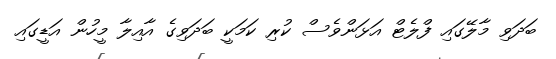
ބަދަވި މާލޭގައި ފްލެޓް އަޅަންވެސް ކުރި ކަމަކީ ބަދަވިގެ އާއިލާ މީހުން އަޑީގައި